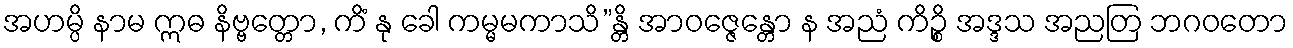
အဟမ္ပိ နာမ ဣဓ နိဗ္ဗတ္တော, ကိံ နု ခေါ ကမ္မမကာသိ”န္တိ အာဝဇ္ဇေန္တော န အညံ ကိဉ္စိ အဒ္ဒသ အညတြ ဘဂဝတော